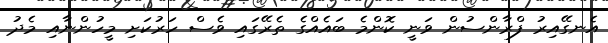
އެނގޭއިރު ފްރާންސުން ވަނީ ކޮންމެ ބައެއްގެ ތެރޭގައި ވެސް ހަރުކަށި މީހުންނާއި މެދު